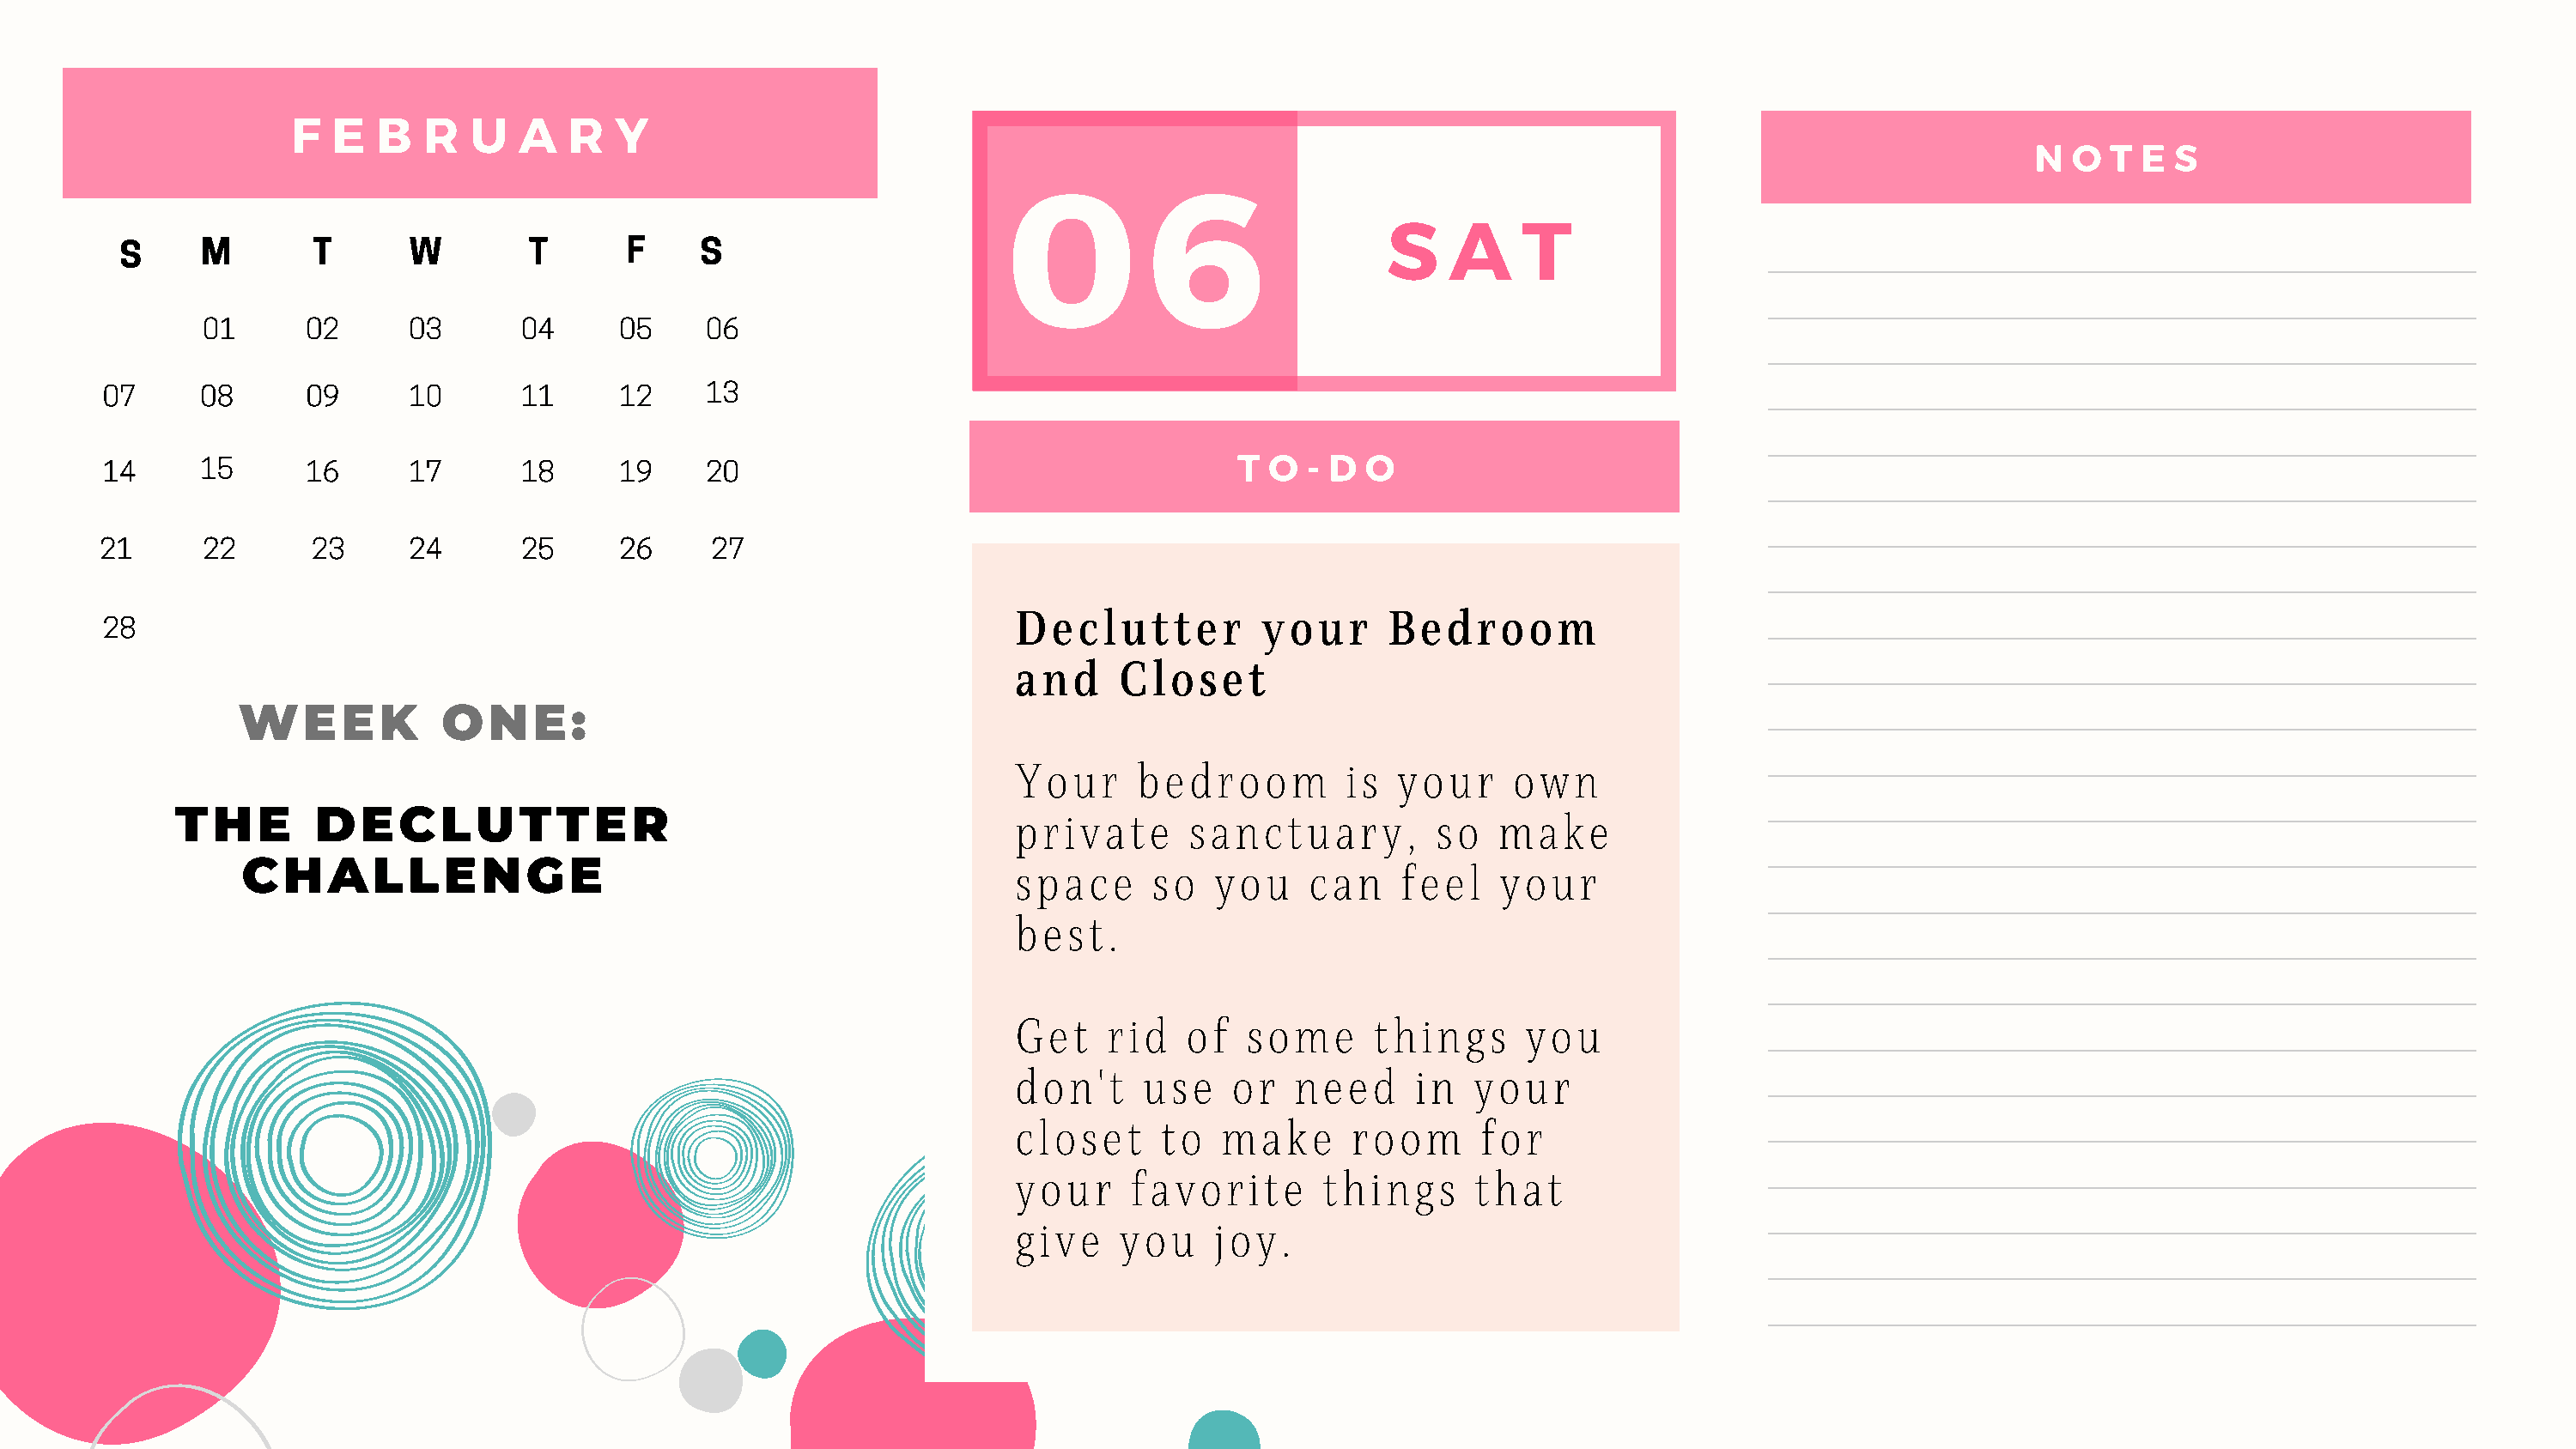
F   E  B   R  U   A   R  Y
 0         6                                                                    N  O  T E  S
 S    A    T
 S     M        T       W        T      F     S
 01      02      03      04      05    06
 07     08       09      10      11      12    13
 T  O  - D O
 14     15       16      17      18      19    20
 21      22      23      24      25      26     27
 Declutter          your      Bedroom
 28
 and     Closet
 WEEK            ONE:
 Your      bedroom         is  your     own
 private       sanctuary,         so   make
 THE       DECLUTTER
 space      so   you    can    feel    your
 CHALLENGE
 best.
 Get    rid   of   some      things      you
 don't     use    or   need     in   your
 closet      to  make      room      for
 your     favorite       things      that
 give    you     joy.